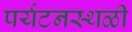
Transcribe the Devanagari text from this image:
पर्यटनस्‍थळी